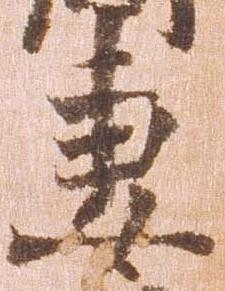
妻